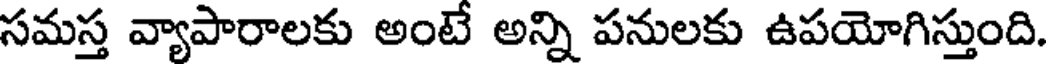
సమస్త వ్యాపారాలకు అంటే అన్ని పనులకు ఉపయోగిస్తుంది.